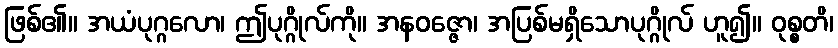
ဖြစ်၏။ အယံပုဂ္ဂလော၊ ဤပုဂ္ဂိုလ်ကို။ အနဝဇ္ဇော၊ အပြစ်မရှိသောပုဂ္ဂိုလ် ဟူ၍။ ဝုစ္စတိ၊